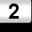
Digit: 2